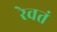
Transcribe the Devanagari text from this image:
रेवतं